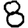
Digit: 8